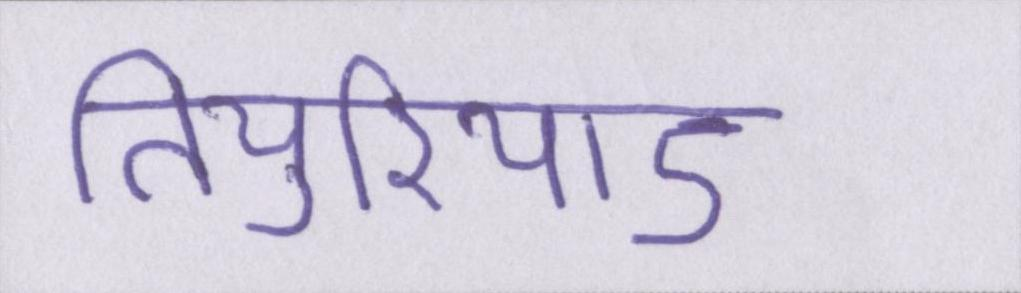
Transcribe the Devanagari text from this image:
तियुरियाऽ